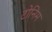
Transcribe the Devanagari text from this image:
टोनिम